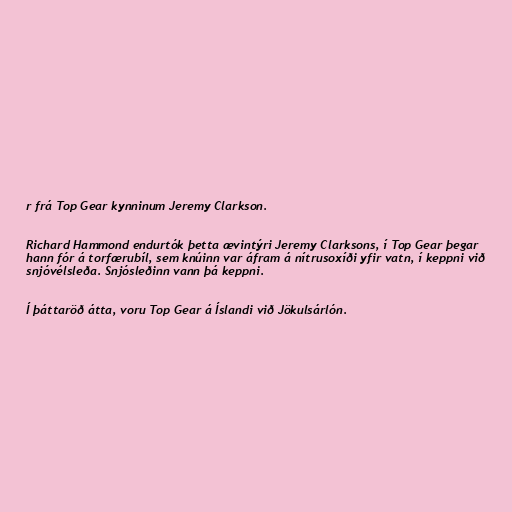
r frá Top Gear kynninum Jeremy Clarkson.

Richard Hammond endurtók þetta ævintýri Jeremy Clarksons, í Top Gear þegar
hann fór á torfærubíl, sem knúinn var áfram á nítrusoxíði yfir vatn, í keppni við
snjóvélsleða. Snjósleðinn vann þá keppni.

Í þáttaröð átta, voru Top Gear á Íslandi við Jökulsárlón.